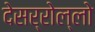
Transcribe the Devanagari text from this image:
देसर्रोल्लो